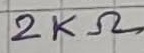
Text: 2KΩ